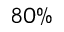
8 0 \%